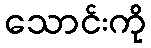
သောင်းကို